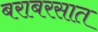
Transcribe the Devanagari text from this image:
बराबरसात